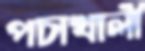
পচাখালী